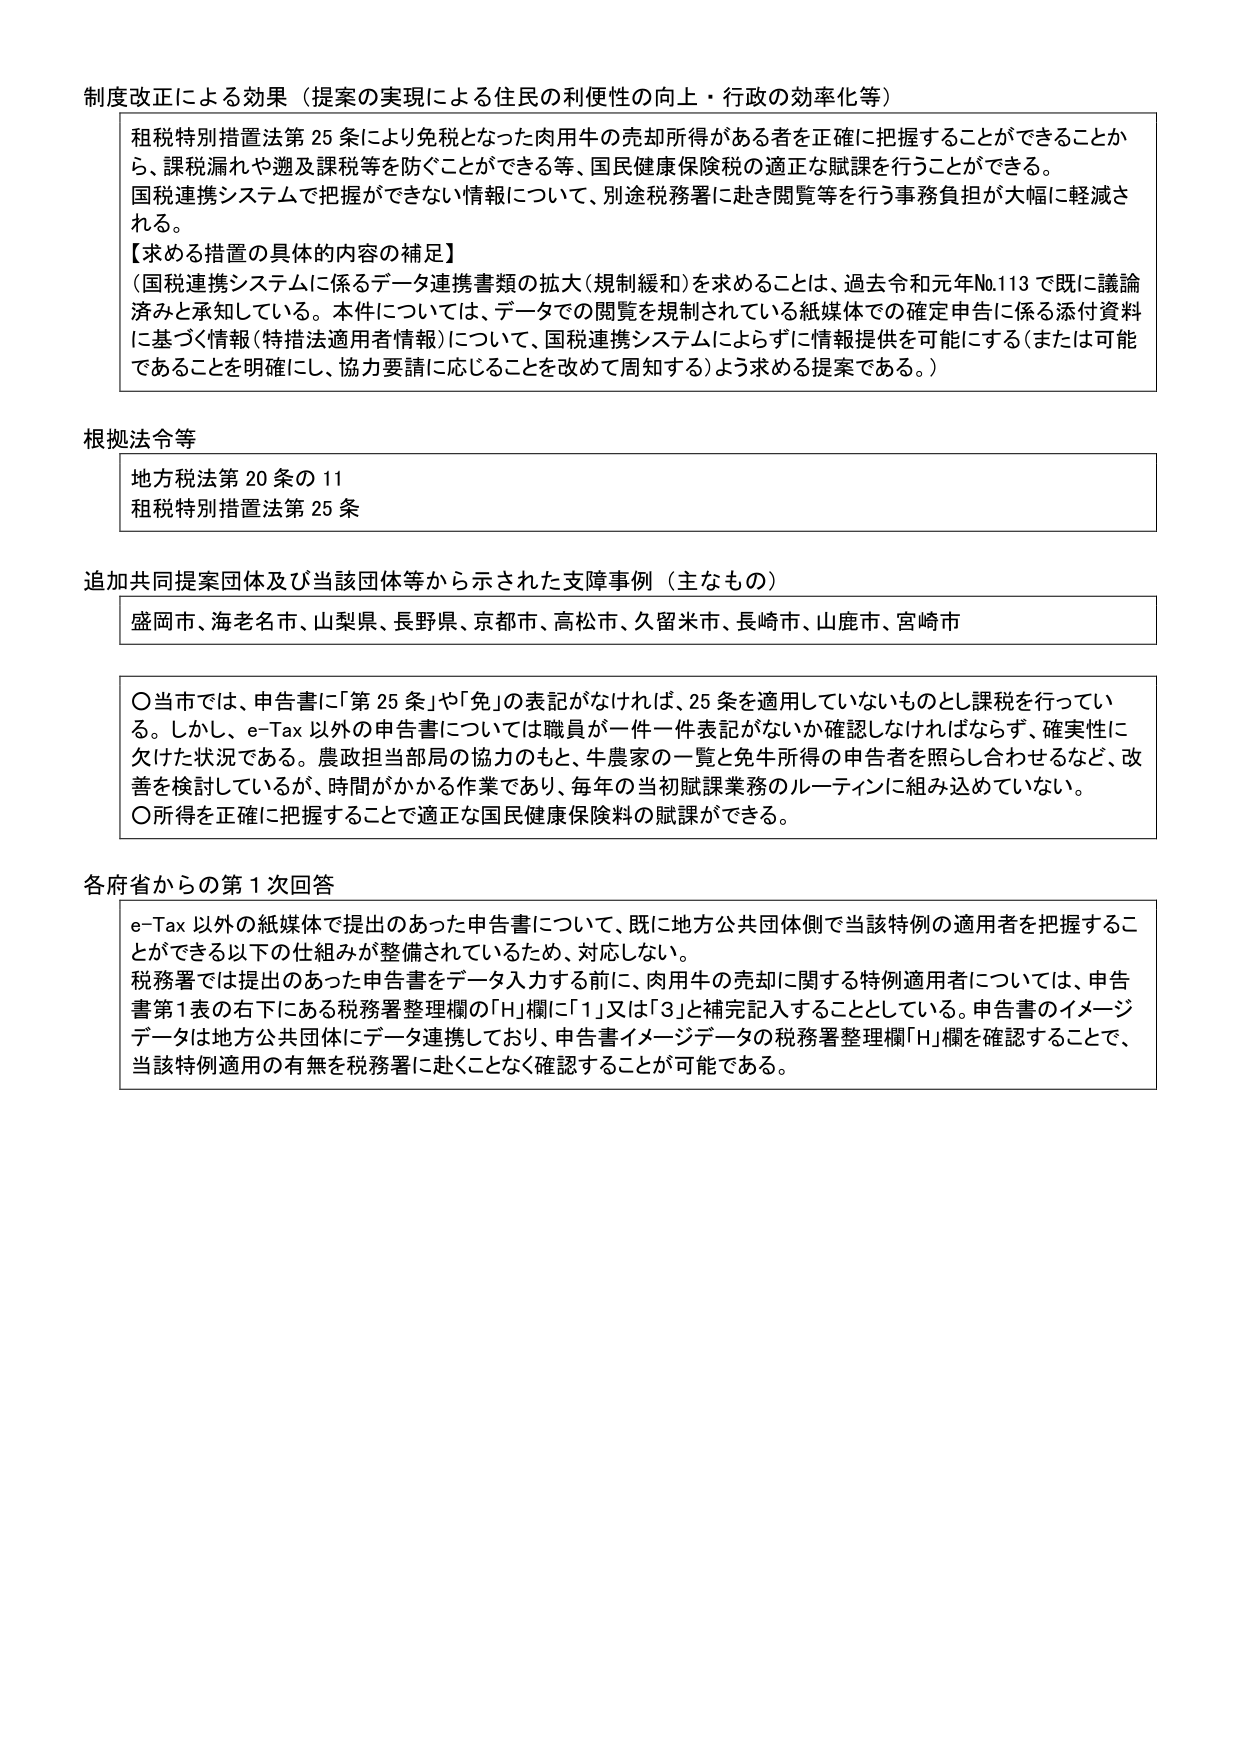
制度改正による効果（提案の実現による住民の利便性の向上・行政の効率化等）

租税特別措置法第25条により免税となった肉用牛の売却所得がある者を正確に把握することができるこか
ら、課税漏れや遡及課税等を防ぐことができる等、国民健康保険税の適正な賦課を行うことができる。
国税連携システムで把握ができない情報について、別途税務署に赴き閲覧等を行う事務負担が大幅に軽減さ
れる。

【求める措置の具体的内容の補足】
（国税連携システムに係るデータ連携書類の拡大（規制緩和）を求めることは、過去令和元年No.113で既に議論
済みと承知している。本件については、データでの閲覧を規制されている紙媒体での確定申告に係る添付資料
に基づく情報（特措法適用者情報）について、国税連携システムによらずに情報提供を可能にする（または可能
であることを明確にし、協力要請に応じることを改めて周知する）よう求める提案である。）

根拠法令等

地方税法第20条の11
租税特別措置法第25条

追加共同提案団体及び当該団体等から示された支障事例（主なもの）

盛岡市、海老名市、山梨県、長野県、京都市、高松市、久留米市、長崎市、山鹿市、宮崎市

〇当市では、申告書に「第25条」や「免」の表記がなければ、25条を適用していないものとし課税を行ってい
る。しかし、e-Tax以外の申告書については職員が一件一件表記がないか確認しなければならず、確実性に
欠けた状況である。農政担当部局の協力のもと、牛農家の一覧と免牛所得の申告者を照らし合わせるなど、改
善を検討しているが、時間がかかる作業であり、毎年の当初賦課業務のルーティンに組み込めていない。
〇所得を正確に把握することで適正な国民健康保険料の賦課ができる。

各府省からの第1次回答

e-Tax以外の紙媒体で提出のあった申告書について、既に地方公共団体側で当該特例の適用者を把握するこ
とができる以下の仕組みが整備されているため、対応しない。
税務署では提出のあった申告書をデータ入力する前に、肉用牛の売却に関する特例適用者については、申告
書第1表の右下にある税務署整理欄の「H」欄に「1」又は「3」と補完記入することとしている。申告書のイメージ
データは地方公共団体にデータ連携しており、申告書イメージデータの税務署整理欄「H」欄を確認することで、
当該特例適用の有無を税務署に赴くことなく確認することが可能である。